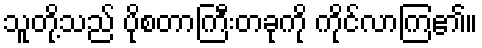
သူတို့သည် ပိုစတာကြီးတခုကို ကိုင်လာကြ၏။